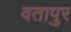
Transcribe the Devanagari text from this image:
वतापुर